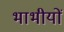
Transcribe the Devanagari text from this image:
भाभीयों